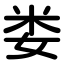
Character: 娄